Indian journal of veterinary science and animal husbandry - Volume 8,
Year: 1938
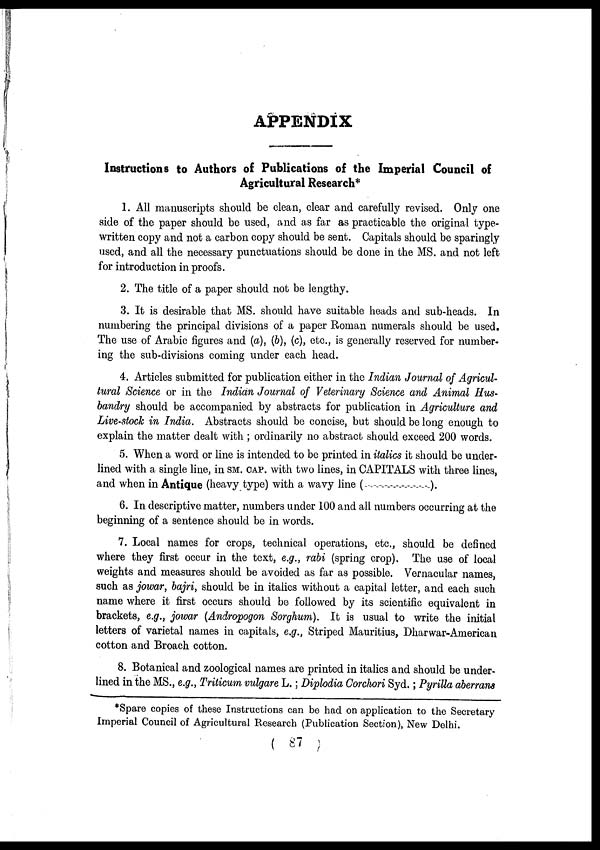
APPENDIX
Instructions to Authors of Publications of the Imperial Council of
Agricultural Research*
1. All manuscripts should be clean, clear and carefully revised. Only one
side of the paper should be used, and as far as practicable the original type-
written copy and not a carbon copy should be sent. Capitals should be sparingly
used, and all the necessary punctuations should be done in the MS. and not left
for introduction in proofs.
2. The title of a paper should not be lengthy.
3. It is desirable that MS. should have suitable heads and sub-heads. In
numbering the principal divisions of a paper Roman numerals should be used.
The use of Arabic figures and (a), (b), (c), etc., is generally reserved for number-
ing the sub-divisions coming under each head.
4. Articles submitted for publication either in the Indian Journal of Agricul-
tural Science or in the Indian Journal of Veterinary Science and Animal Hus-
bandry should be accompanied by abstracts for publication in Agriculture and
Live-stock in India. Abstracts should be concise, but should be long enough to
explain the matter dealt with ; ordinarily no abstract should exceed 200 words.
5. When a word or line is intended to be printed in italics it should be under-
lined with a single line, in SM. CAP. with two lines, in CAPITALS with three lines,
and when in Antique (heavy type) with a wavy line (-----------------------).
6. In descriptive matter, numbers under 100 and all numbers occurring at the
beginning of a sentence should be in words.
7. Local names for crops, technical operations, etc., should be defined
where they first occur in the text, e.g., rabi (spring crop). The use of local
weights and measures should be avoided as far as possible. Vernacular names,
such as jowar, bajri, should be in italics without a capital letter, and each such
name where it first occurs should be followed by its scientific equivalent in
brackets, e.g., jowar (Andropogon Sorghum). It is usual to write the initial
letters of varietal names in capitals, e.g., Striped Mauritius, Dharwar-American
cotton and Broach cotton.
8. Botanical and zoological names are printed in italics and should be under-
lined in the MS., e.g., Triticum vulgare L.; Diplodia Corchori Syd.; Pyrilla aberrans
*Spare copies of these Instructions can be had on application to the Secretary
Imperial Council of Agricultural Research (Publication Section), New Delhi.
(
87 )